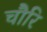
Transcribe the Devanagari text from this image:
चौरि